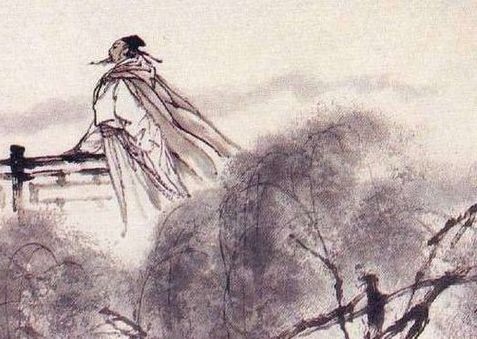
一杯酒，问何似，身后名？